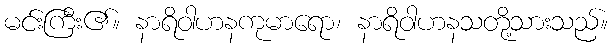
မင်းကြီး၏။ နာရိဝါဟနကုမာရော၊ နာရိဝါဟနသတို့သားသည်။